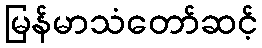
မြန်မာသံတော်ဆင့်